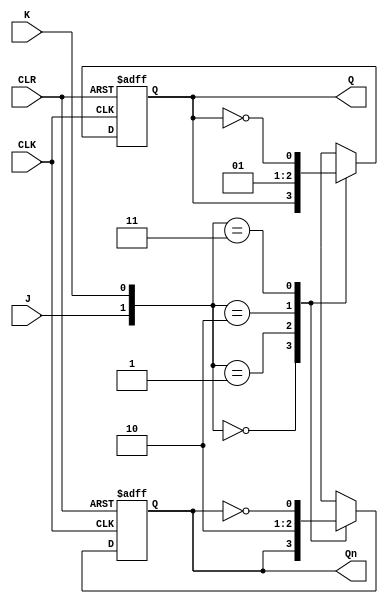
module jk_ff_negedge (
    input J, // input J
    input K, // input K
    input CLK, // clock input
    input CLR, // clear/reset input
    output reg Q, // output Q
    output reg Qn // output Q'
);

always @(negedge CLK or posedge CLR)
begin
    if (CLR) begin
        Q <= 1'b0; // set output to known state
        Qn <= 1'b1;
    end
    else begin
        case ({J,K})
            2'b00: begin // do nothing
                Q <= Q;
                Qn <= Qn;
            end
            2'b01: begin // reset
                Q <= 1'b0;
                Qn <= 1'b1;
            end
            2'b10: begin // set
                Q <= 1'b1;
                Qn <= 1'b0;
            end
            2'b11: begin // toggle
                Q <= ~Q;
                Qn <= ~Qn;
            end
        endcase
    end
end

endmodule